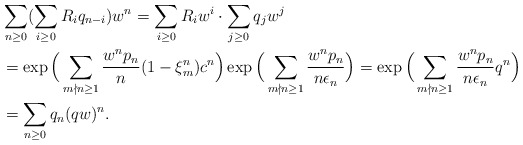
\begin{align*}&\sum_{n\geq0}(\sum_{i\geq0}R_iq_{n-i})w^n=\sum_{i\geq0}R_iw^i\cdot\sum_{j\geq0}q_jw^j\\&=\exp\Big(\sum_{m\nmid n\geq1}\frac{w^{n}p_{n}}{n}(1-\xi_m^n)c^n\Big)\exp\Big(\sum_{m\nmid n\geq1}\frac{w^n p_{n}}{n\epsilon_n}\Big)=\exp\Big(\sum_{m\nmid n\geq1}\frac{w^np_{n}}{n\epsilon_n}q^n\Big)\\&=\sum_{n\geq0}q_n(qw)^n. \end{align*}